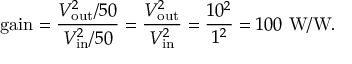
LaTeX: { \mathrm { g a i n } } = { \frac { V _ { \mathrm { o u t } } ^ { 2 } / 5 0 } { V _ { \mathrm { i n } } ^ { 2 } / 5 0 } } = { \frac { V _ { \mathrm { o u t } } ^ { 2 } } { V _ { \mathrm { i n } } ^ { 2 } } } = { \frac { 1 0 ^ { 2 } } { 1 ^ { 2 } } } = 1 0 0 ~ { \mathrm { W / W } } .